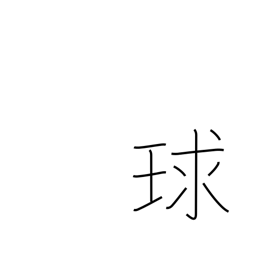
Meaning: sphere